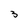
Character: 3